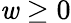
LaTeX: \mathit{w}\ge0